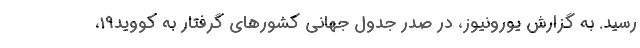
رسید. به گزارش یورونیوز، در صدر جدول جهانی کشورهای گرفتار به کووید۱۹،